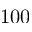
1 0 0